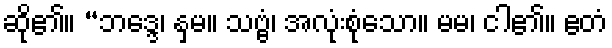
ဆို၏။ “ဘဒ္ဒေ၊ နှမ။ သဗ္ဗံ၊ အလုံးစုံသော။ မမ၊ ငါ၏။ ဧတံ